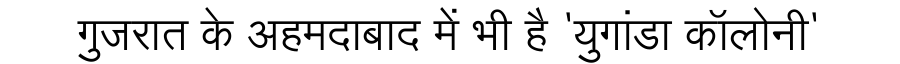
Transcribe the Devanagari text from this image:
गुजरात के अहमदाबाद में भी है 'युगांडा कॉलोनी'